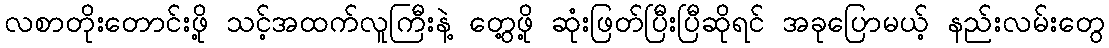
လစာတိုးတောင်းဖို့ သင့်အထက်လူကြီးနဲ့ တွေ့ဖို့ ဆုံးဖြတ်ပြီးပြီဆိုရင် အခုပြောမယ့် နည်းလမ်းတွေ